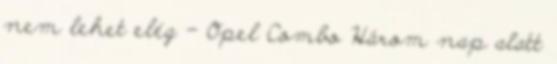
nem lehet elég – Opel Combo Három nap alatt